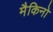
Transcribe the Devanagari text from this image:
मैकिनो